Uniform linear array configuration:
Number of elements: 12
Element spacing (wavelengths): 0.75
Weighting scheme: hamming
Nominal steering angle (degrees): -60
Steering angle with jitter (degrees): -58.65
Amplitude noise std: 0.05
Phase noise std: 0.05

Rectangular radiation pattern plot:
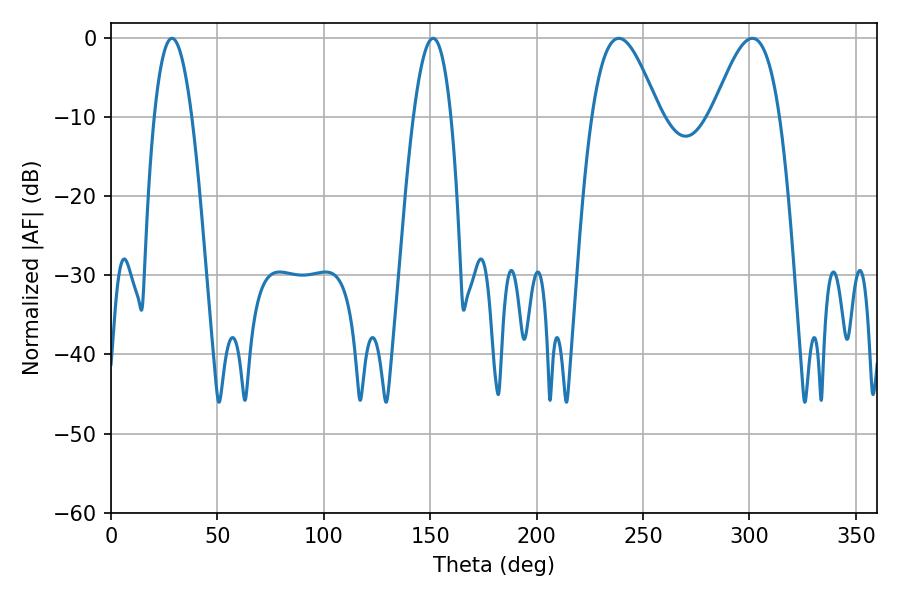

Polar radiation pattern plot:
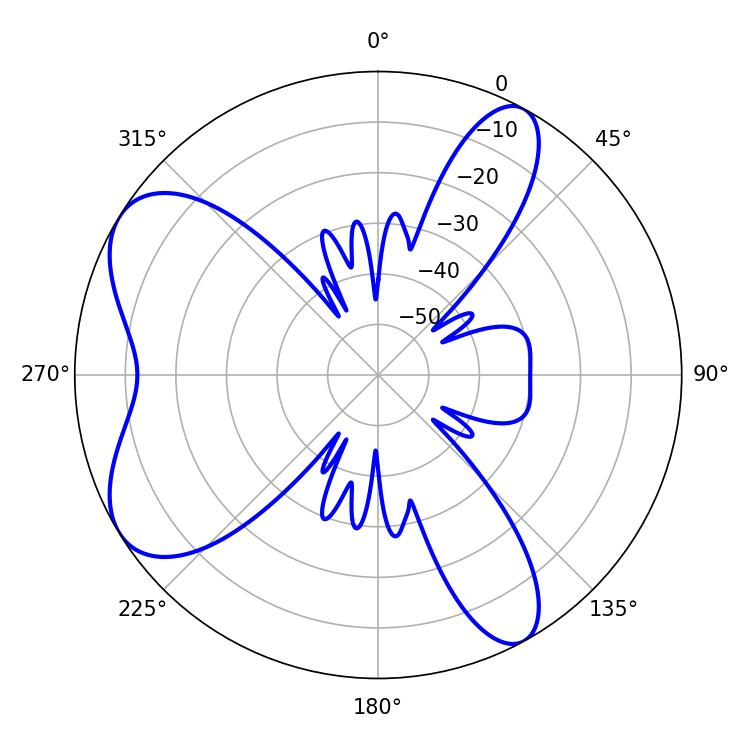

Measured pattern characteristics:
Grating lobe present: TRUE
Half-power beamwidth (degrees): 17.1
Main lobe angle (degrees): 238.68